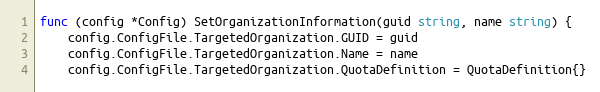
Language: Go
func (config *Config) SetOrganizationInformation(guid string, name string) {
	config.ConfigFile.TargetedOrganization.GUID = guid
	config.ConfigFile.TargetedOrganization.Name = name
	config.ConfigFile.TargetedOrganization.QuotaDefinition = QuotaDefinition{}